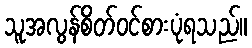
သူအလွန်စိတ်ဝင်စားပုံရသည်။